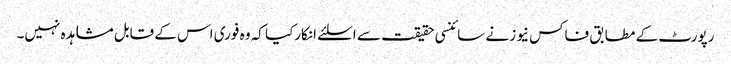
رپورٹ کے مطابق فاکس نیوز نے سائنسی حقیقت سے اسلئے انکارکیا کہ وہ فوری اس کے قابل مشاہدہ نہیں۔